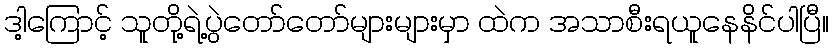
ဒါ့ကြောင့် သူတို့ရဲ့ပွဲတော်တော်များများမှာ ထဲက အသာစီးရယူနေနိင်ပါပြီ။